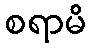
စရာမိ